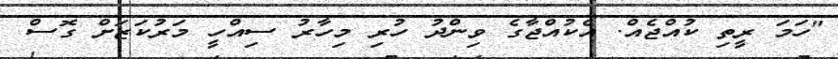
"ހަމަ ރީތި ކުއްޖެއް. އެކުއްޖާގެ ވިންދު ހުރި މިހާރު ސިއްހީ މަރުކަޒަށް ގޮސް